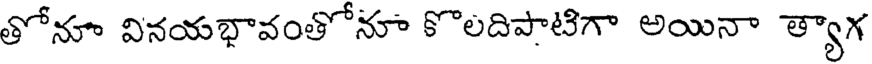
తోనూ వినయభావంతోనూ కొలదిపాటిగా అయినా త్యాగ